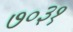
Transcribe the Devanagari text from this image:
७०३१